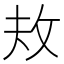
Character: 𪯈